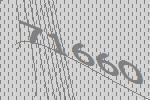
71660